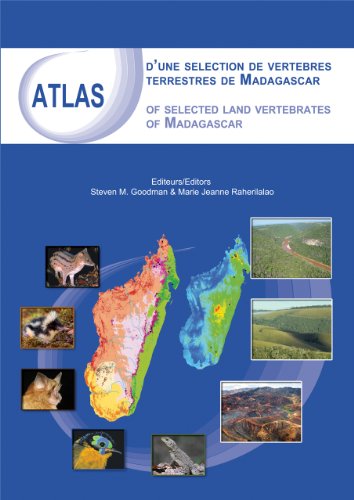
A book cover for Atlas of Selected Land Vertebrates of Madagascar; Travel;